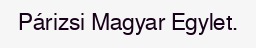
Párizsi Magyar Egylet.